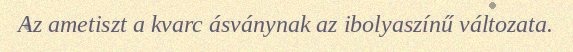
Az ametiszt a kvarc ásványnak az ibolyaszínű változata.